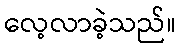
လေ့လာခဲ့သည်။